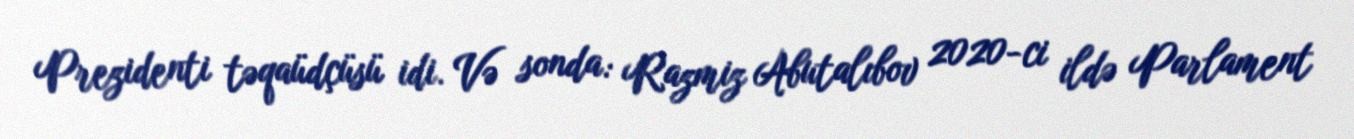
Prezidenti təqaüdçüsü idi. Və sonda: Razmiz Abutalıbov 2020-ci ildə Parlament